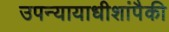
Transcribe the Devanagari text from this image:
उपन्यायाधीशांपैकी